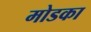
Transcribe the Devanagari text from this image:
मोडका